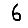
Digit: 6